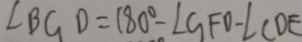
\angle B G D = 1 8 0 ^ { \circ } - \angle G F O - \angle C D E